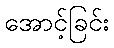
အောင့်ခြင်း